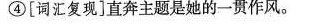
④[词汇复现]直奔主题是她的一贯作风。